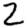
Digit: 2